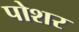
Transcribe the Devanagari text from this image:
पोशर